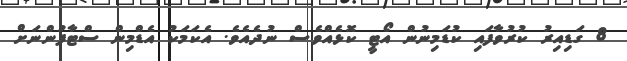
8 ގަޑިއިރު ކުރުވާފައި ކުޑަމިނުން އޯޓީ ކޮޅެއްވެސް ނުދެއެވެ. އެކަމަކު އެޑްމިން ސްޓާފުންނަށް